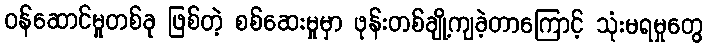
ဝန်ဆောင်မှုတစ်ခု ဖြစ်တဲ့ စစ်ဆေးမှုမှာ ဖုန်းတစ်ချို့ကျခဲ့တာကြောင့် သုံးမရမှုတွေ